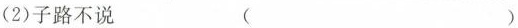
(2)子路不说 ( )